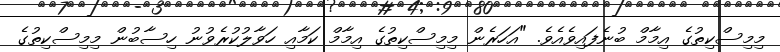
މިމިސްކިތުގެ އިމާމް ބުނެފައިވެއެވެ. "އަހަރެން މިމިސްކިތުގެ އިމާމް ކަމާއި ހަވާލުކުރެވުނު ހިސާބުން މިމިސްކިތުގެ